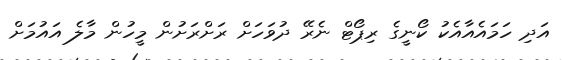
އަދި ހަމައެއާއެކު ކޯނީގެ ރިޕޯޓް ނެރޭ ދުވަހަށް ރަށްރަށުން މީހުން މާލެ އައުމަށް